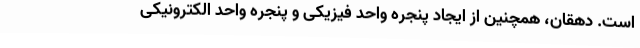
است. دهقان، همچنین از ایجاد پنجره واحد فیزیکی و پنجره واحد الکترونیکی